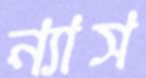
ন্যাস